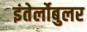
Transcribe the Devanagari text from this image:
इंतेर्लोबुलर